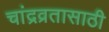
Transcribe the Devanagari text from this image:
चांद्रव्रतासाठी